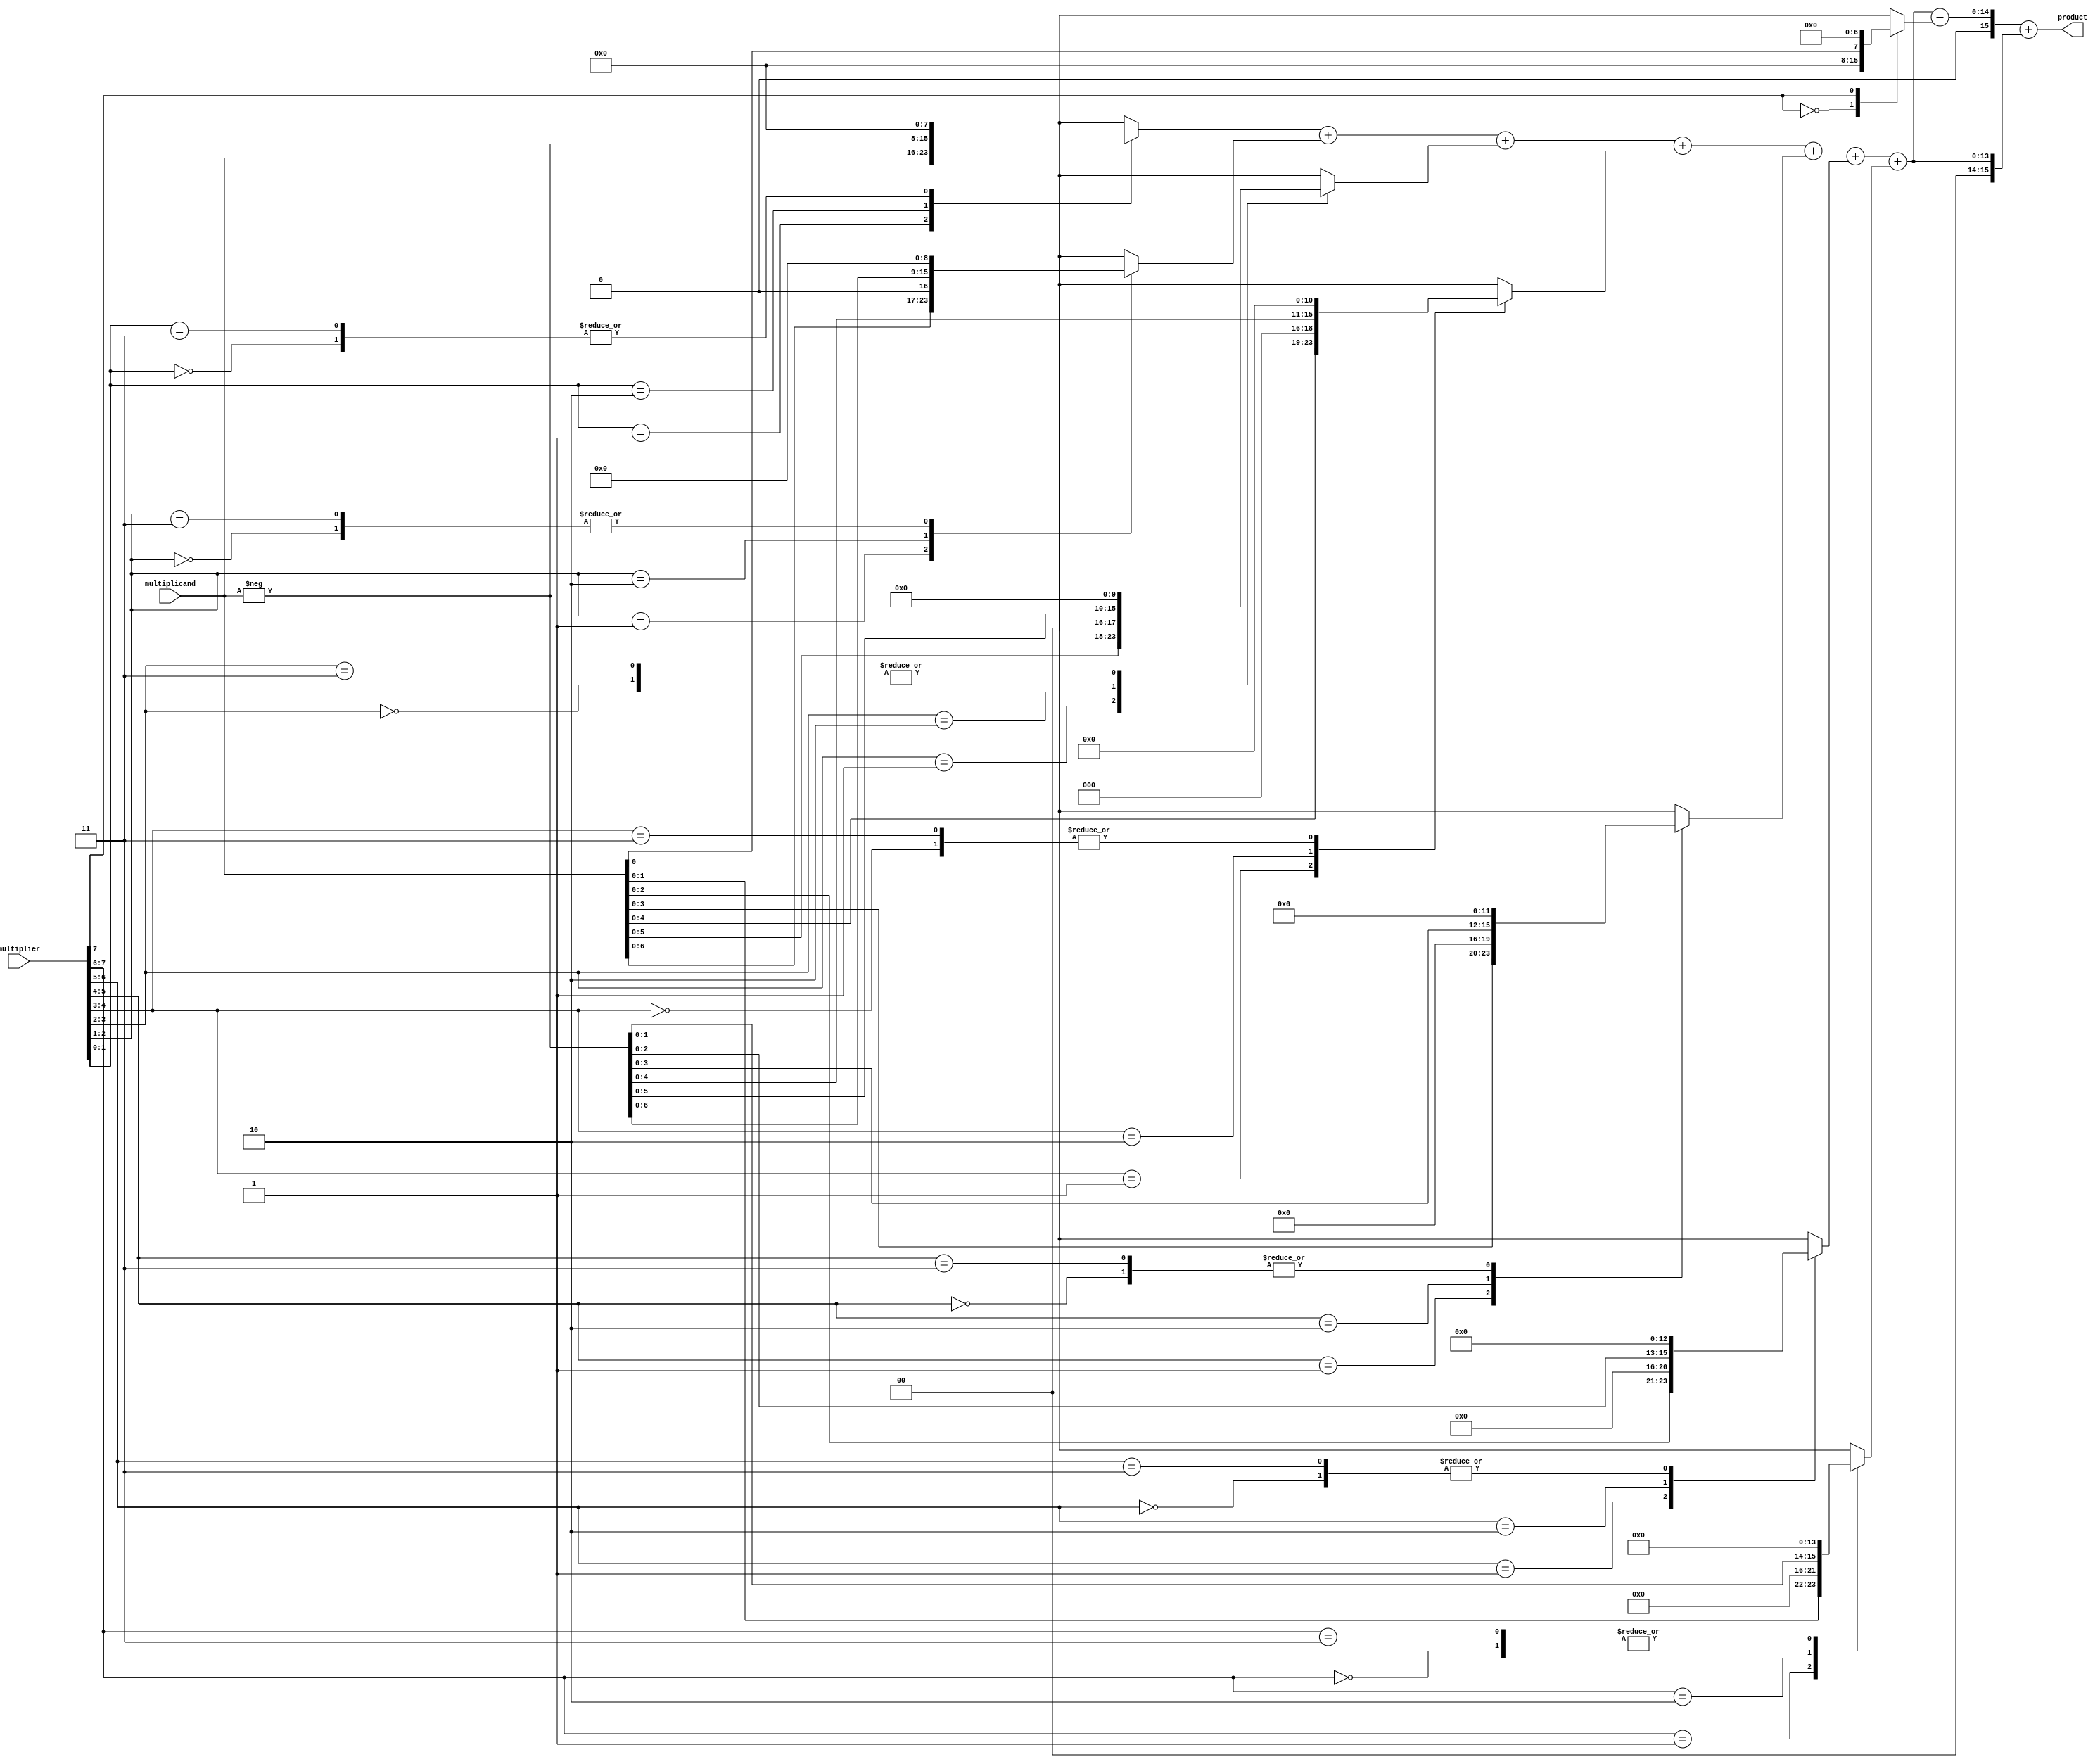
module booth_multiplier #(parameter WIDTH = 8) (
    input signed [WIDTH-1:0] multiplicand,
    input signed [WIDTH-1:0] multiplier,
    output signed [2*WIDTH-1:0] product
);
    // Booth encoding signals
    reg [WIDTH:0] booth_multiplier_reg; // Extended to handle the last bit
    reg [WIDTH-1:0] partial_products [0:WIDTH-1];
    integer i;

    // Generate partial products based on Booth encoding
    always @(*) begin
        booth_multiplier_reg = {1'b0, multiplier}; // Extend multiplier
        for (i = 0; i < WIDTH; i = i + 1) begin
            case (booth_multiplier_reg[i+1:i])
                2'b00: partial_products[i] = 0; // No operation
                2'b01: partial_products[i] = multiplicand << i; // Add multiplicand
                2'b10: partial_products[i] = -multiplicand << i; // Subtract multiplicand
                2'b11: partial_products[i] = 0; // No operation (previous state)
            endcase
        end
    end

    // Wallace tree reduction
    wire [2*WIDTH-1:0] sum [0:WIDTH-1];
    wire [WIDTH-1:0] carry [0:WIDTH-1];

    // Initialize the first partial product
    assign sum[0] = partial_products[0];

    // Wallace tree reduction logic
    generate
        genvar j;
        for (j = 1; j < WIDTH; j = j + 1) begin : wallace_tree
            assign {carry[j], sum[j]} = sum[j-1] + partial_products[j];
        end
    endgenerate

    // Final addition of the last two sums
    wire [2*WIDTH-1:0] final_sum;
    wire final_carry;
    assign {final_carry, final_sum} = sum[WIDTH-1] + sum[WIDTH-2];

    // Output the final product
    assign product = final_sum;

endmodule